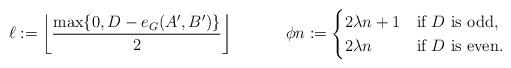
LaTeX: \begin{align*}\ell & := \left\lfloor \frac{ \max \{0 , D - e_G(A',B') \} }2 \right\rfloor \ \ \ \ \ \ & \phi n & := \begin{cases} 2 \lambda n +1 & \textrm{if $D$ is odd,}\\2 \lambda n & \textrm{if $D$ is even.}\end{cases}\end{align*}